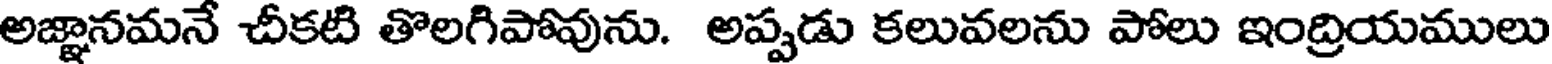
అజ్ఞానమనే చీకటి తొలగిపోవును. అప్పడు కలువలను పోలు ఇంద్రియములు